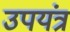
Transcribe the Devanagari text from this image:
उपयंत्र